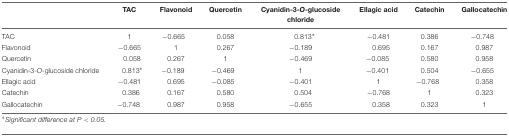
<table><thead><tr><td></td><td><b>TAC</b></td><td><b>Flavonoid</b></td><td><b>Quercetin</b></td><td><b>Cyanidin-3-<i>O</i>-glucoside chloride</b></td><td><b>Ellagic acid</b></td><td><b>Catechin</b></td><td><b>Gallocatechin</b></td></tr></thead><tbody><tr><td>TAC</td><td>1</td><td>-0.665</td><td>0.058</td><td>0.813<sup>∗</sup></td><td>-0.481</td><td>0.386</td><td>-0.748</td></tr><tr><td>Flavonoid</td><td>-0.665</td><td>1</td><td>0.267</td><td>-0.189</td><td>0.695</td><td>0.167</td><td>0.987</td></tr><tr><td>Quercetin</td><td>0.058</td><td>0.267</td><td>1</td><td>-0.469</td><td>-0.085</td><td>0.580</td><td>0.958</td></tr><tr><td>Cyanidin-3-<i>O</i>-glucoside chloride</td><td>0.813<sup>∗</sup></td><td>-0.189</td><td>-0.469</td><td>1</td><td>-0.401</td><td>0.504</td><td>-0.655</td></tr><tr><td>Ellagic acid</td><td>-0.481</td><td>0.695</td><td>-0.085</td><td>-0.401</td><td>1</td><td>-0.768</td><td>0.358</td></tr><tr><td>Catechin</td><td>0.386</td><td>0.167</td><td>0.580</td><td>0.504</td><td>-0.768</td><td>1</td><td>0.323</td></tr><tr><td>Gallocatechin</td><td>-0.748</td><td>0.987</td><td>0.958</td><td>-0.655</td><td>0.358</td><td>0.323</td><td>1</td></tr></tbody></table>